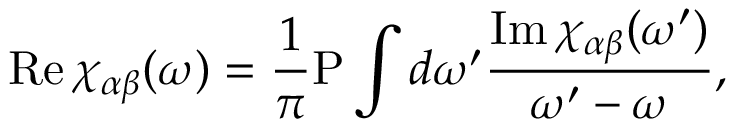
\mathrm { R e } \, \chi _ { \alpha \beta } ( \omega ) = { \frac { 1 } { \pi } } \mathrm { P } \int d \omega ^ { \prime } { \frac { \mathrm { I m } \, \chi _ { \alpha \beta } ( \omega ^ { \prime } ) } { \omega ^ { \prime } - \omega } } ,